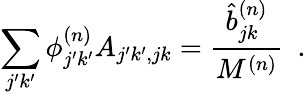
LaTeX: \sum_{j^{\prime}k^{\prime}}{\phi}_{j^{\prime}k^{\prime}}^{(n)}A_{j^{\prime}k^{\prime},jk}=\frac{\hat{b}_{jk}^{(n)}}{M^{(n)}}~~.